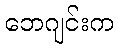
ဘေဂျင်းက